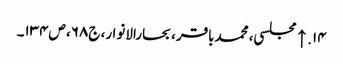
۱۴. ↑ مجلسی، محمدباقر، بحارالانوار، ج۶۸، ص۱۳۴۔